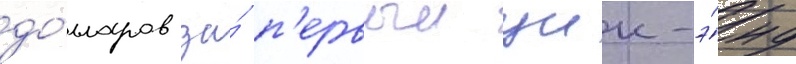
до́лларов за́ п'ервыи уик-э́нд